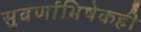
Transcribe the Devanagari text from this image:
सुवर्णाभिषेकही